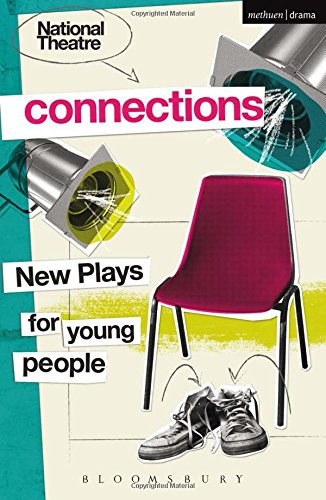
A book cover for National Theatre Connections 2015: Plays for Young People: Drama, Baby; Hood; The Boy Preference; The Edelweiss Pirates; Follow, Follow; The Accordion ... Remote; The Crazy Sexy Cool Girls' Fan Club; Teen & Young Adult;